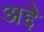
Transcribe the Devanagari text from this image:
अद्दे